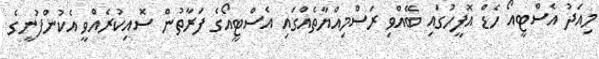
މިއަދު އެސްޓީއޯ ހެޑް އޮފީހުގައި ބޭއްވި ރަސްމިއްޔާތެއްގައި އެސްޓީއޯގެ ފަރާތުން ސޮއިކުރެއްވީ އެކުންފުނީގެ